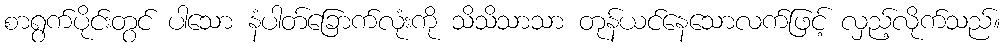
စာရွက်ပိုင်းတွင် ပါသော နံပါတ်ခြောက်လုံးကို သိသိသာသာ တုန်ယင်နေသောလက်ဖြင့် လှည့်လိုက်သည်။